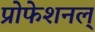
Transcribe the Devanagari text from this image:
प्रोफेशनल्